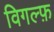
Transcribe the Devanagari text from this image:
विगल्फ़